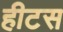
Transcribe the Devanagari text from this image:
हीटस